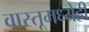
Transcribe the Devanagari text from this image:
वास्तूमध्येही